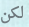
لكن